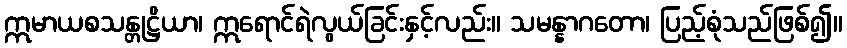
ဣမာယစသန္တုဋ္ဌိယာ၊ ဣရောင်ရဲလွယ်ခြင်းနှင့်လည်း။ သမန္နာဂတော၊ ပြည့်စုံသည်ဖြစ်၍။